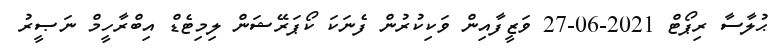
ޙުލާސާ ރިޕޯޓް 2021-06-27 ވަޒީފާއިން ވަކިކުރުން ފެނަކަ ކޯޕަރޭޝަން ލިމިޓެޑް އިބްރާހީމް ނަޞީރު